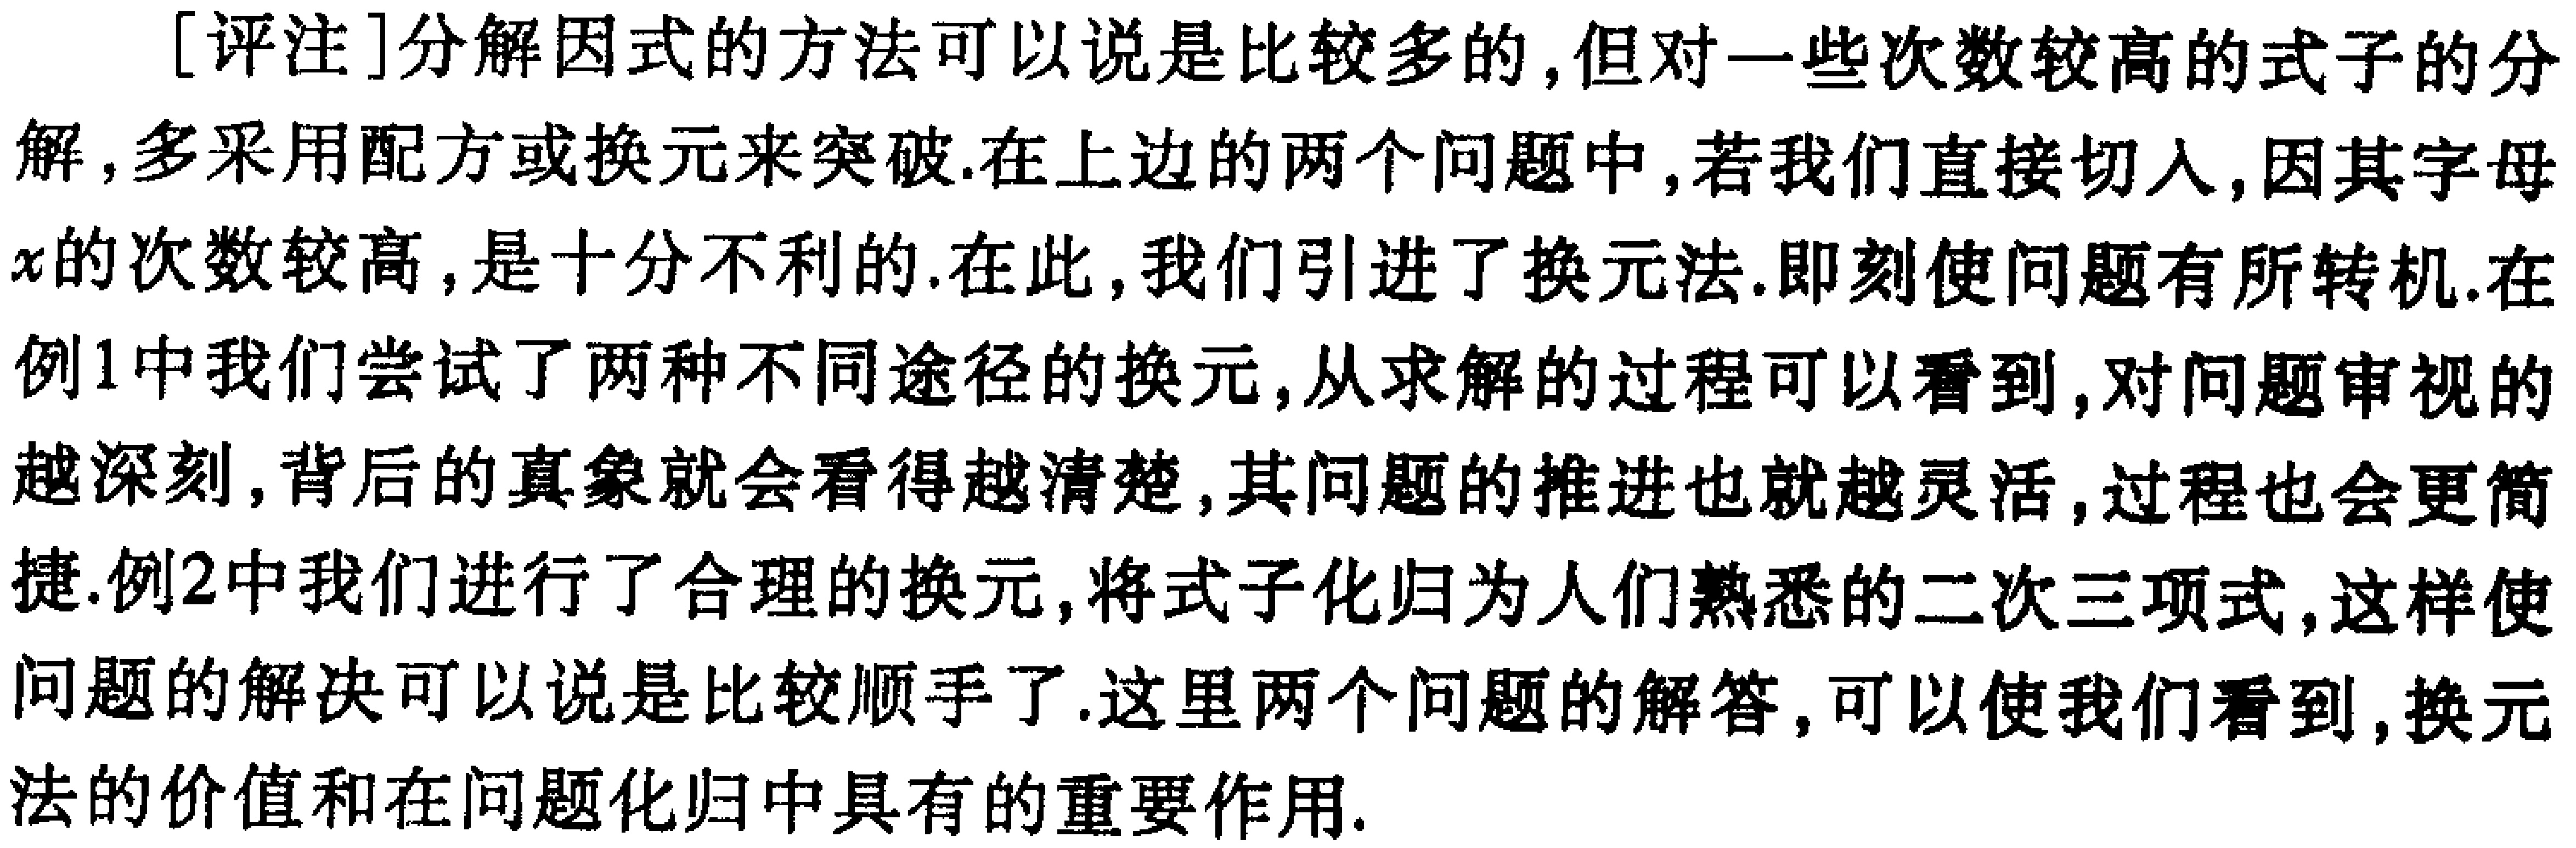
[评注]分解因式的方法可以说是比较多的,但对一些次数较高的式子的分解,多采用配方或换元来突破.在上边的两个问题中,若我们直接切入,因其字母\(x\)的次数较高,是十分不利的.在此,我们引进了换元法.即刻使问题有所转机.在例1中我们尝试了两种不同途径的换元,从求解的过程可以看到,对问题审视的越深刻,背后的真象就会看得越清楚,其问题的推进也就越灵活,过程也会更简捷.例2中我们进行了合理的换元,将式子化归为人们熟悉的二次三项式,这样使问题的解决可以说是比较顺手了.这里两个问题的解答,可以使我们看到,换元法的价值和在问题化归中具有的重要作用.